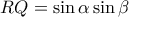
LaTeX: R Q = \sin \alpha \sin \beta